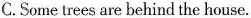
C. Some trees are behind the house.